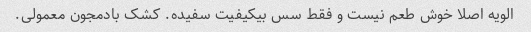
الویه اصلا خوش طعم نیست و فقط سس بیکیفیت سفیده. کشک بادمجون معمولی.